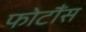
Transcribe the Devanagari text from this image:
फोटौंस